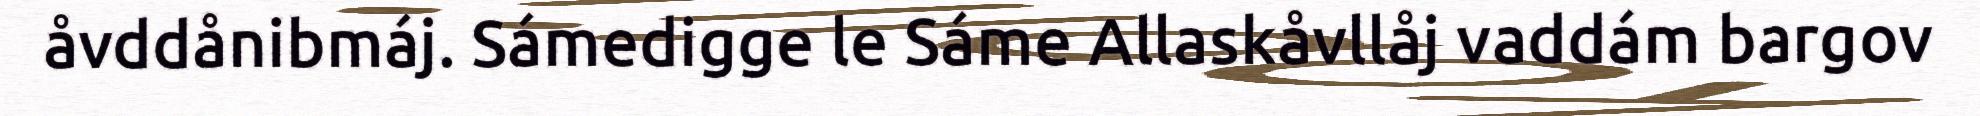
åvddånibmáj. Sámedigge le Sáme Allaskåvllåj vaddám bargov